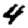
Digit: 4